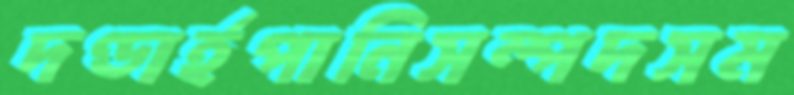
দণ্ডার্হপানিসম্পদসম